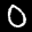
Label: 0